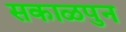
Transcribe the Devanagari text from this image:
सकाळपुन